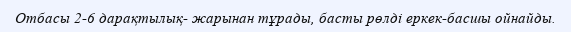
Отбасы 2-6 дарақтылық- жарынан тұрады, басты рөлді еркек-басшы ойнайды.